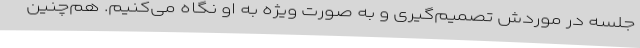
جلسه در موردش تصمیم‌گیری و به صورت ویژه به او نگاه می‌کنیم. هم‌چنین